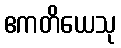
ဧကတိယေသု